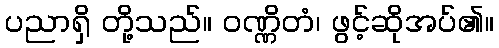
ပညာရှိ တို့သည်။ ဝဏ္ဏိတံ၊ ဖွင့်ဆိုအပ်၏။